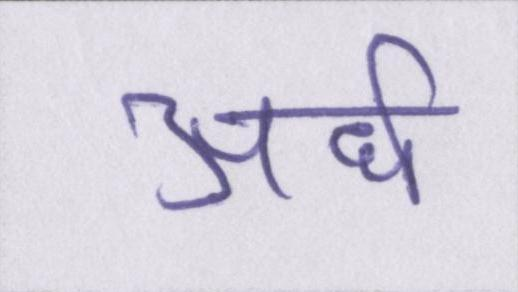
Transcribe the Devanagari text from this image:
अर्ध